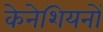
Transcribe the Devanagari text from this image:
केनेशियनों